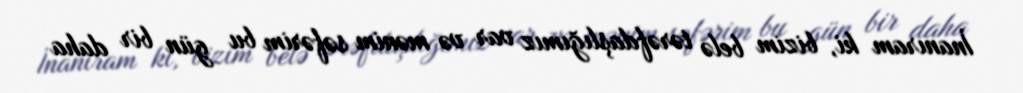
İnanıram ki, bizim belə tərəfdaşlığımız var və mənim səfərim bu gün bir daha